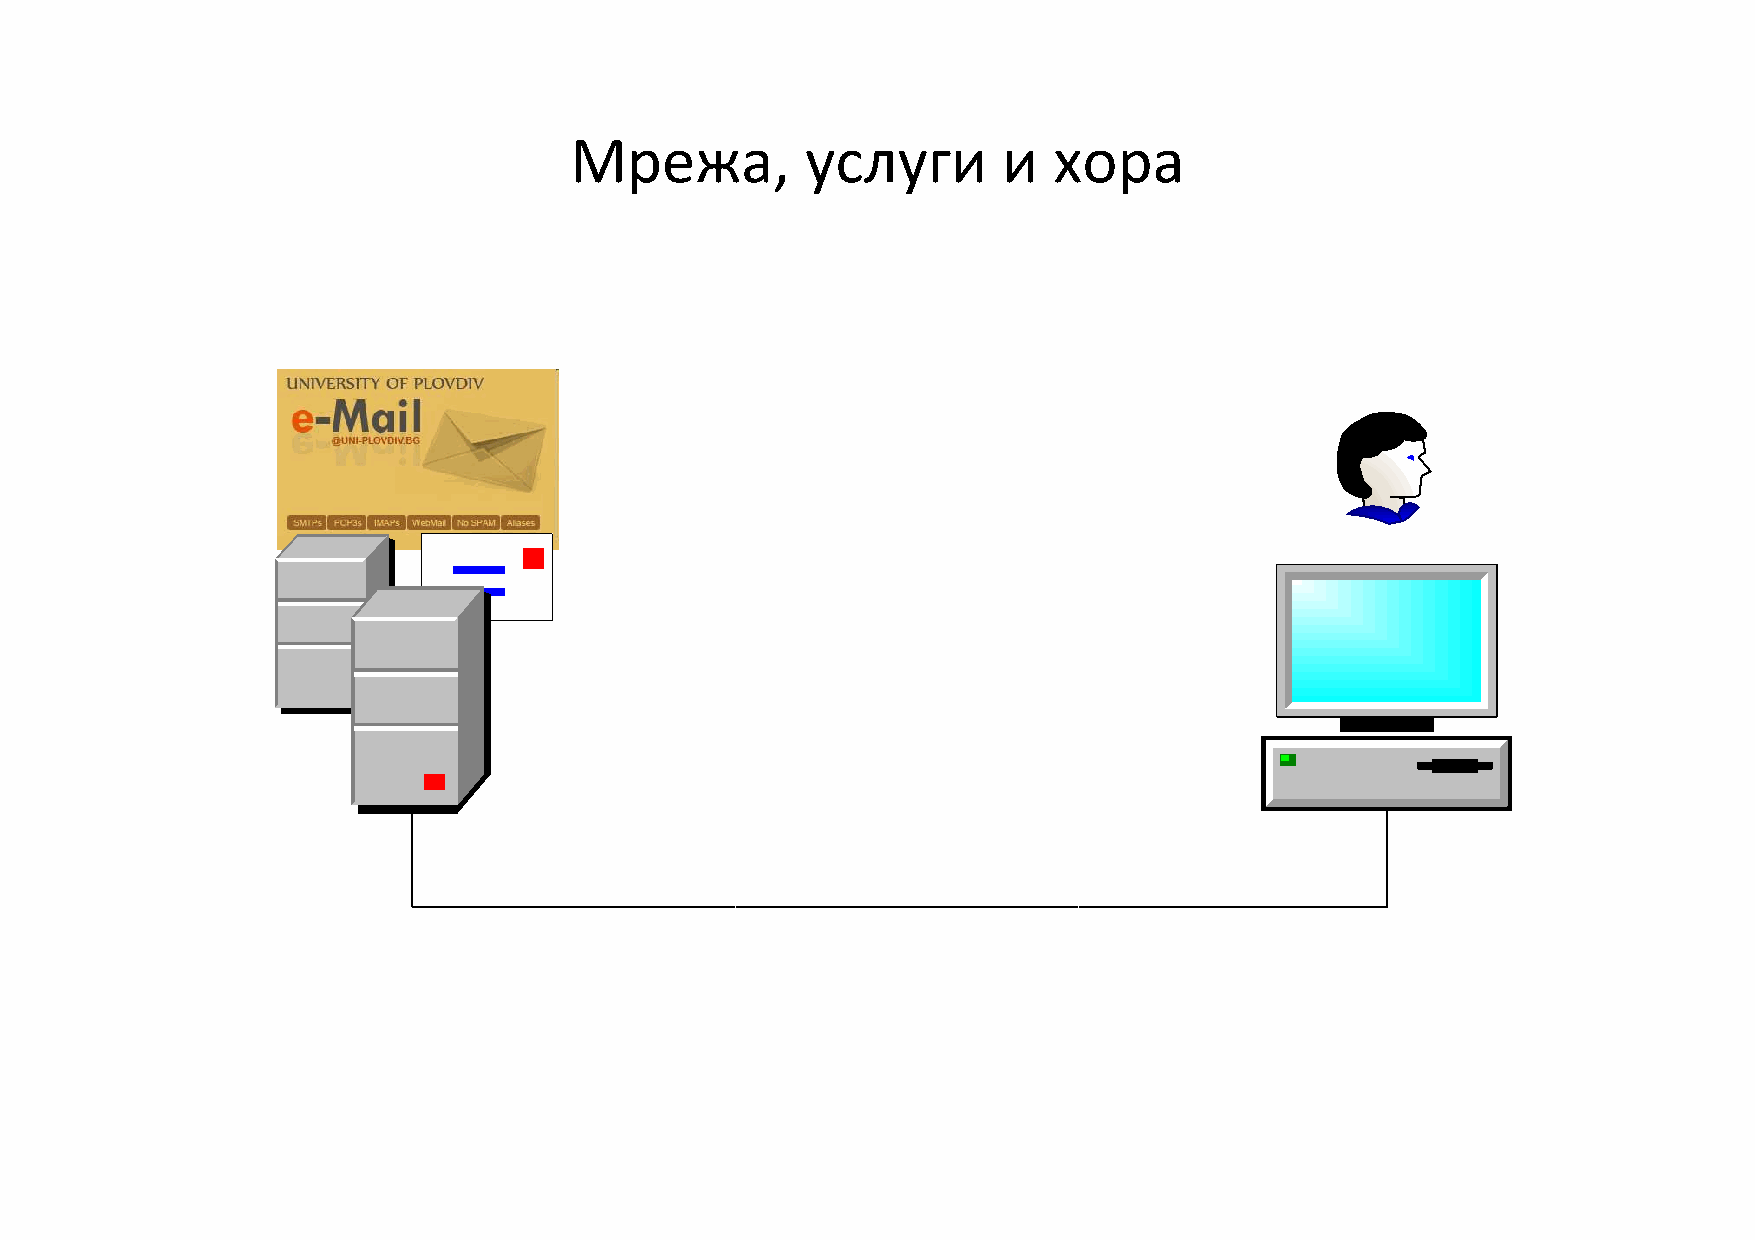
Мрежа,         услуги       и   хора